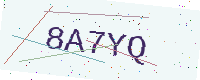
Text: 8A7YQ